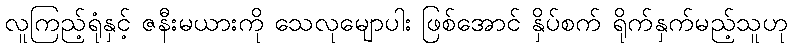
လူကြည့်ရုံနှင့် ဇနီးမယားကို သေလုမျောပါး ဖြစ်အောင် နှိပ်စက် ရိုက်နှက်မည့်သူဟု